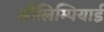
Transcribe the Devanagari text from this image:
औलिम्पियाई